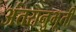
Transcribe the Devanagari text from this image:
अंतरानुभूती